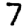
Digit: 7